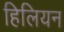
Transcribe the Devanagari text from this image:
हिलियन